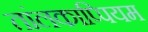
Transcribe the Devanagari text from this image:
तांलकाप्पियम